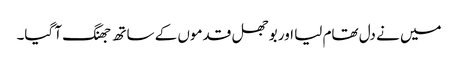
میں نے دل تھام لیا اور بوجھل قدموں کے ساتھ جھنگ آ گیا۔